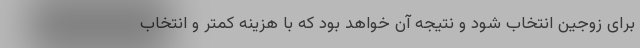
برای زوجین انتخاب شود و نتیجه آن خواهد بود که با هزینه کمتر و انتخاب